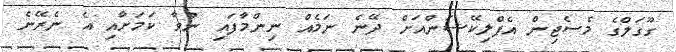
ގޫގަލްގެ މެސެޖިން އެޕްލިކޭޝަންއަށް ދޭނެ ނަމެއް ނިންމާފައި ނުވާ ކަމަށާއި އެ ނެރޭނެ